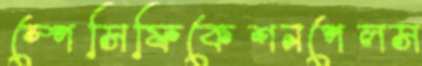
স্পেসিফিকেশনপেলস